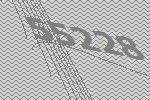
55228